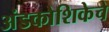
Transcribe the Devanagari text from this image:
अंडकोशिकेचे